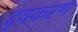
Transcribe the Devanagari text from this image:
दृक्करण